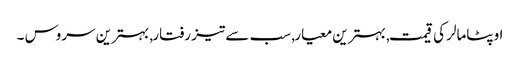
اوپٹامالر کی قیمت, بہترین معیار, سب سے تیز رفتار, بہترین سروس ۔